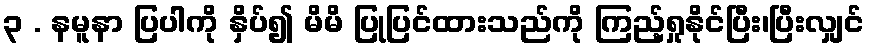
၃ . နမူနာ ပြပါကို နှိပ်၍ မိမိ ပြုပြင်ထားသည်ကို ကြည့်ရှုနိုင်ပြီး၊ပြီးလျှင်